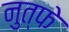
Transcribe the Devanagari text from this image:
नुत्फे